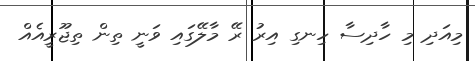
މިއަދި މި ހާދިސާ ހިނގި އިރު ރޭ މާލޭގައި ވަނީ ތިން ތިޖޫރީއެއް